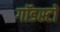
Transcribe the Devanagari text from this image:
गॉडस्टो